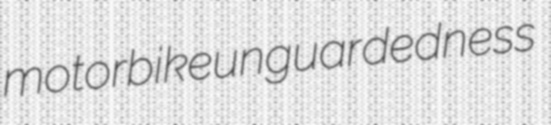
motorbike unguardedness